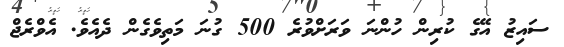
ސައިޒު އޭގެ ކުރިން ހުންނަ ވަރަށްވުރެ 500 ގުނަ މަތިވެގެން ދެއެވެ. އެވްރެޖް